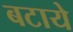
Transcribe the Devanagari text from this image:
बटाये